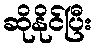
ဆိုနိုင်ပြီး